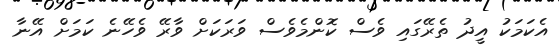
އެކަމަކު އީދު ތެރޭގައި ވެސް ކޮންމެވެސް ވަރަކަށް ވާރޭ ވެހޭނެ ކަމަށް އޭނާ